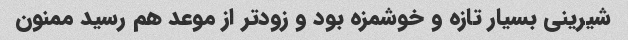
شیرینی بسیار تازه و خوشمزه بود و زود‌تر از موعد هم رسید ممنون